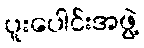
ပူးပေါင်းအဖွဲ့